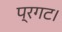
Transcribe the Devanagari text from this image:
प्रगट।